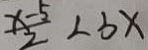
\frac { x - 5 } { 2 } < b x